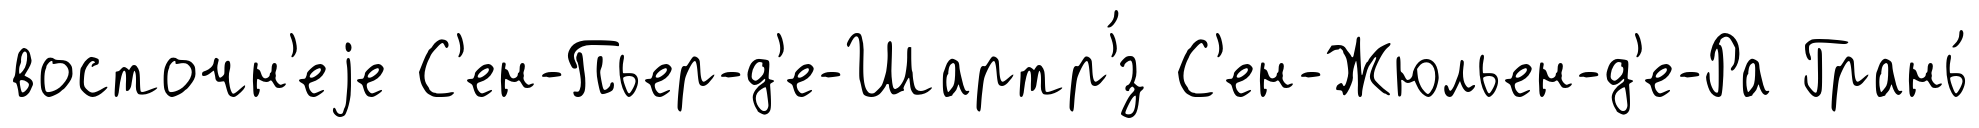
восточн'еjе С'ен-Пьер-д'е-Шартр'́з С'ен-Жюльен-д'е-Ра Грань́